Malaria in India - Number 2
Disease focus: Malaria
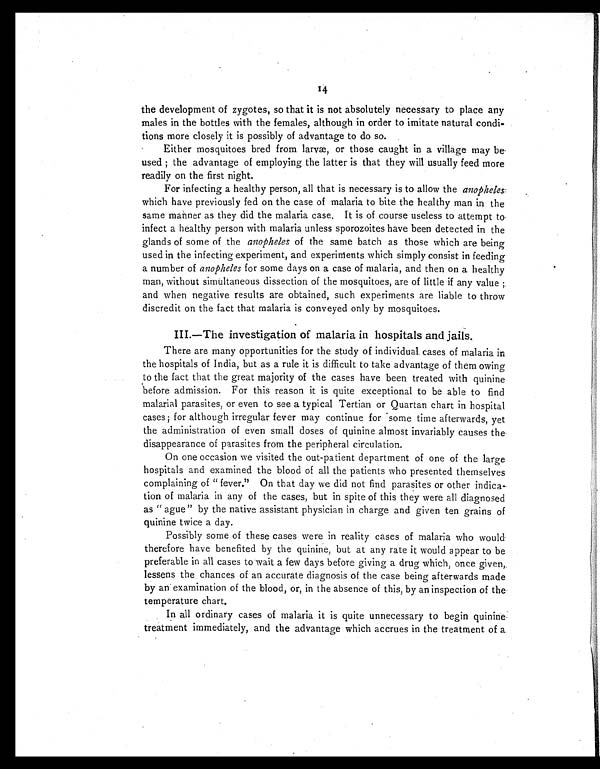
14
the development of zygotes, so that it is not absolutely necessary to place any
males in the bottles with the females, although in order to imitate natural condi
tions more closely it is possibly of advantage to do so.
Either mosquitoes bred from larvæ, or those caught in a village may be
used; the advantage of employing the latter is that they will usually feed more
readily on the first night.
For infecting a healthy person, all that is necessary is to allow the anopheles:
which have previously fed on the case of malaria to bite the healthy man in the
same manner as they did the malaria case. It is of course useless to attempt to
infect a healthy person with malaria unless sporozoites have been detected in the
glands of some of the anopheles of the same batch as those which are being
used in the infecting experiment, and experiments which simply consist in feeding
a number of anopheles for some days on a case of malaria, and then on a healthy
man, without simultaneous dissection of the mosquitoes, are of little if any value;
and when negative results are obtained, such experiments are liable to throw
discredit on the fact that malaria is conveyed only by mosquitoes.
III.—The investigation of malaria in hospitals and jails.
There are many opportunities for the study of individual. cases of malaria in
the hospitals of India, but as a rule it is difficult to take advantage of them owing
to the fact that the great majority of the cases have been treated with quinine
before admission. For this reason it is quite exceptional to be able to find
malarial parasites, or even to see a typical Tertian or Quartan chart in hospital
cases; for although irregular fever may continue for some time afterwards, yet
the administration of even small doses of quinine almost invariably causes the
disappearance of parasites from the peripheral circulation.
On one occasion we visited the out-patient department of one of the large
hospitals and examined the blood of all the patients who presented themselves
complaining of "fever" On that day we did not find parasites or other indica
tion of malaria in any of the cases, but in spite of this they were all diagnosed
as "ague" by the native assistant physician in charge and given ten grains of
quinine twice a day.
Possibly some of these cases were in reality cases of malaria who would
therefore have benefited by the quinine, but at any rate it would appear to be
preferable in all cases to wait a few days before giving a drug which, once given,
lessens the chances of an accurate diagnosis of the case being afterwards made
by an examination of the blood, or, in the absence of this, by an inspection of the
temperature chart.
In all ordinary cases of malaria it is quite unnecessary to begin quinine
treatment immediately, and the advantage which accrues in the treatment of a